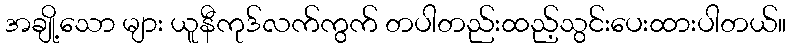
အချို့သော များ ယူနီကုဒ်လက်ကွက် တပါတည်းထည့်သွင်းပေးထားပါတယ်။